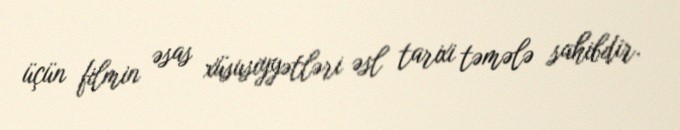
üçün filmin əsas xüsusiyyətləri əsl tarixi təmələ sahibdir.